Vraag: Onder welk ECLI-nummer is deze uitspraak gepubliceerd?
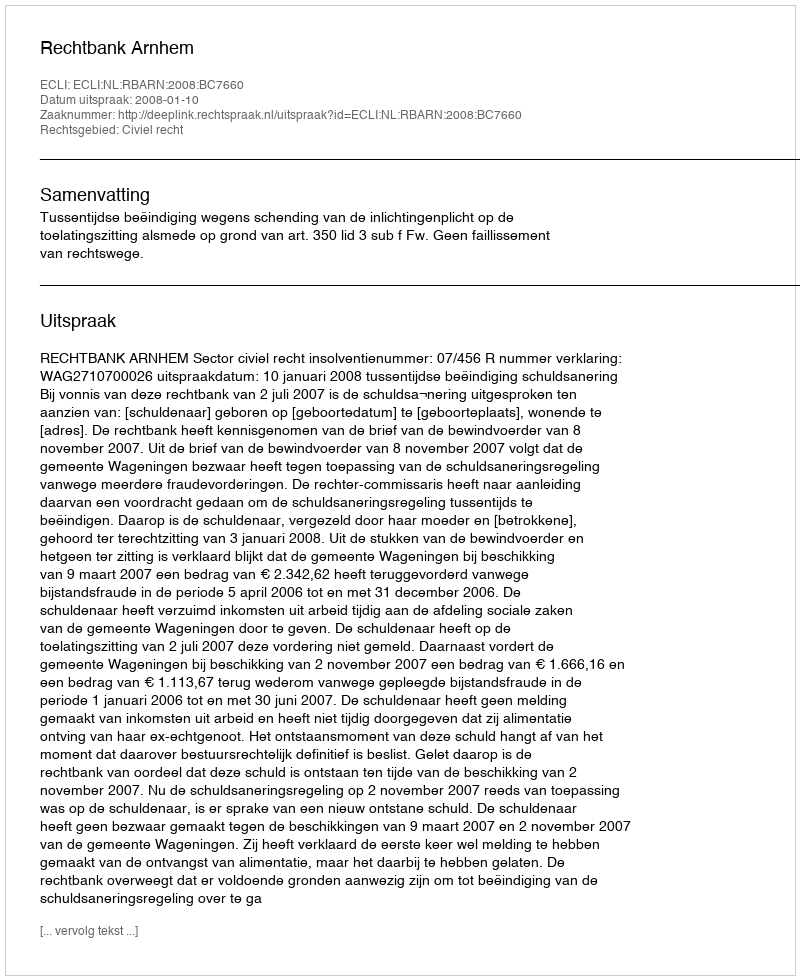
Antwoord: ECLI:NL:RBARN:2008:BC7660